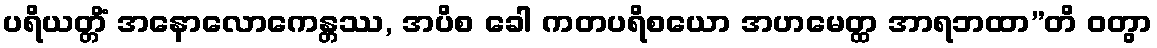
ပရိယတ္တိံ အနောလောကေန္တဿ, အပိစ ခေါ ကတပရိစယော အဟမေတ္ထ အာရဘထာ”တိ ဝတွာ